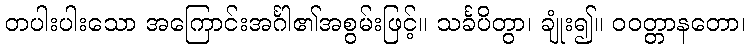
တပါးပါးသော အကြောင်းအင်္ဂါ၏အစွမ်းဖြင့်။ သင်္ခပိတွာ၊ ချုံး၍။ ဝဝတ္တာနတော၊